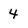
Character: 4